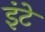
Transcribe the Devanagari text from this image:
इंटे